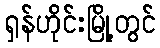
ရှန်ဟိုင်းမြို့တွင်